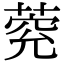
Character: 𦳾